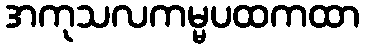
အကုသလကမ္မပထကထာ